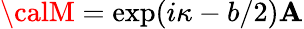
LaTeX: {\calM}=\exp(i\kappa-b/2)\mathbf{A}